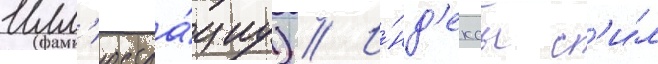
Илл'юстра́циу) // И́нд'ексы с'и́л